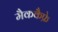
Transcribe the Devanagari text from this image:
मैककैफ्रे